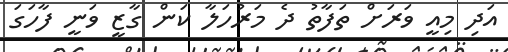
އަދި މިއީ ވަރަށް ތަފާތު ދެ މަރުހަލާ ކަން ގާޒީ ވަނީ ފާހަގަ